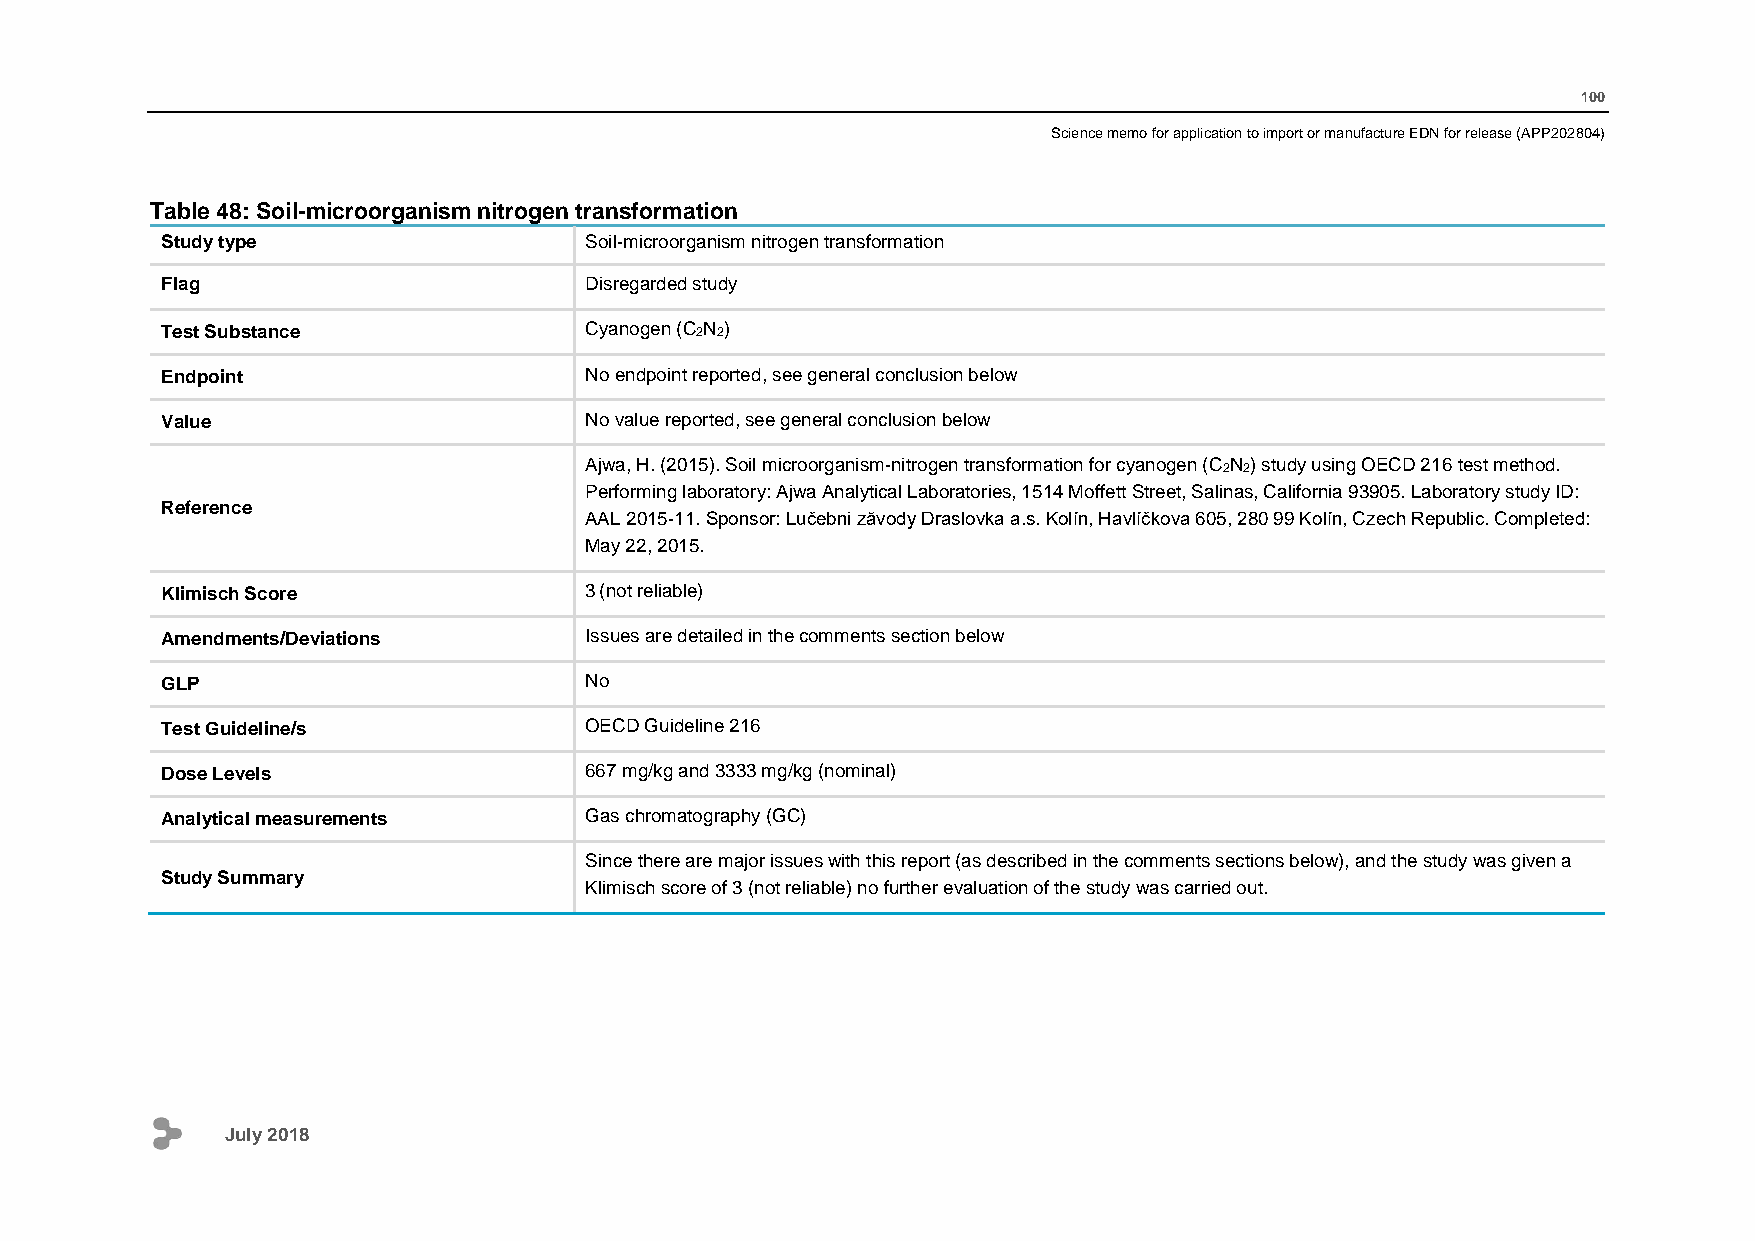
100
 Science memo for application to import or manufacture EDN for release (APP202804)
 Table 48: Soil-microorganism nitrogen transformation
 Study type                  Soil-microorganism nitrogen transformation
 Flag                        Disregarded study
 Test Substance              Cyanogen (C2N2)
 Endpoint                    No endpoint reported, see general conclusion below
 Value                       No value reported, see general conclusion below
 Ajwa, H. (2015). Soil microorganism-nitrogen transformation for cyanogen (C2N2) study using OECD 216 test method.
 Performing laboratory: Ajwa Analytical Laboratories, 1514 Moffett Street, Salinas, California 93905. Laboratory study ID:
 Reference
 AAL 2015-11. Sponsor: Lučebni zăvody Draslovka a.s. Kolín, Havlíčkova 605, 280 99 Kolín, Czech Republic. Completed:
 May 22, 2015.
 Klimisch Score              3 (not reliable)
 Amendments/Deviations       Issues are detailed in the comments section below
 GLP                         No
 Test Guideline/s            OECD Guideline 216
 Dose Levels                 667 mg/kg and 3333 mg/kg (nominal)
 Analytical measurements     Gas chromatography (GC)
 Since there are major issues with this report (as described in the comments sections below), and the study was given a
 Study Summary
 Klimisch score of 3 (not reliable) no further evaluation of the study was carried out.
 July 2018